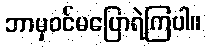
ဘာမှဝင်မပြောရဲကြပါ။